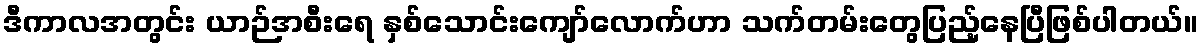
ဒီကာလအတွင်း ယာဉ်အစီးရေ နှစ်သောင်းကျော်လောက်ဟာ သက်တမ်းတွေပြည့်နေပြီဖြစ်ပါတယ်။